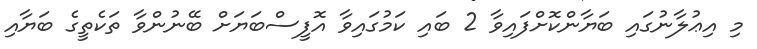
މި އިޢުލާނުގައި ބަޔާންކޮށްފައިވާ 2 ބައި ކަމުގައިވާ އޮފީސްބަޔަށް ބޭނުންވާ ތަކެތީގެ ބަޔާއި